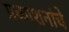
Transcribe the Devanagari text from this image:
प्रकाशनांचे